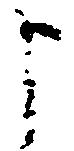
申